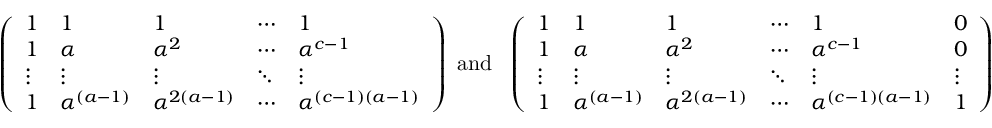
\left( \begin{array} { l l l l l } { 1 } & { 1 } & { 1 } & { \cdots } & { 1 } \\ { 1 } & { \alpha } & { \alpha ^ { 2 } } & { \cdots } & { \alpha ^ { c - 1 } } \\ { \vdots } & { \vdots } & { \vdots } & { \ddots } & { \vdots } \\ { 1 } & { \alpha ^ { ( a - 1 ) } } & { \alpha ^ { 2 ( a - 1 ) } } & { \cdots } & { \alpha ^ { ( c - 1 ) ( a - 1 ) } } \end{array} \right) \mathrm { \ a n d ~ \ } \left( \begin{array} { l l l l l l } { 1 } & { 1 } & { 1 } & { \cdots } & { 1 } & { 0 } \\ { 1 } & { \alpha } & { \alpha ^ { 2 } } & { \cdots } & { \alpha ^ { c - 1 } } & { 0 } \\ { \vdots } & { \vdots } & { \vdots } & { \ddots } & { \vdots } & { \vdots } \\ { 1 } & { \alpha ^ { ( a - 1 ) } } & { \alpha ^ { 2 ( a - 1 ) } } & { \cdots } & { \alpha ^ { ( c - 1 ) ( a - 1 ) } } & { 1 } \end{array} \right)